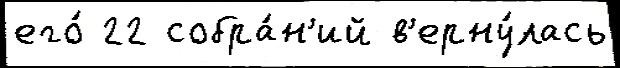
его́ 22 собра́н'ий в'ерну́лась